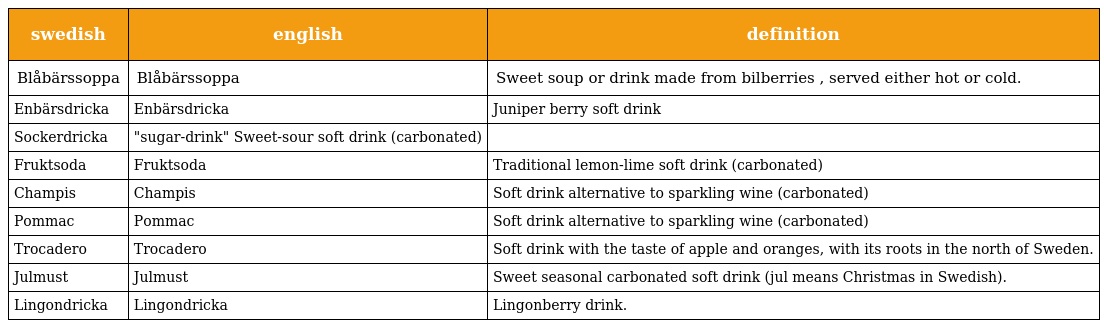
| swedish | english | definition |
 | --- | --- | --- |
 | Blåbärssoppa | Blåbärssoppa | Sweet soup or drink made from bilberries , served either hot or cold. |
 | Enbärsdricka | Enbärsdricka | Juniper berry soft drink |
 | Sockerdricka | "sugar-drink" Sweet-sour soft drink (carbonated) |  |
 | Fruktsoda | Fruktsoda | Traditional lemon-lime soft drink (carbonated) |
 | Champis | Champis | Soft drink alternative to sparkling wine (carbonated) |
 | Pommac | Pommac | Soft drink alternative to sparkling wine (carbonated) |
 | Trocadero | Trocadero | Soft drink with the taste of apple and oranges, with its roots in the north of Sweden. |
 | Julmust | Julmust | Sweet seasonal carbonated soft drink (jul means Christmas in Swedish). |
 | Lingondricka | Lingondricka | Lingonberry drink. |